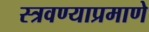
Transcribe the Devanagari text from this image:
स्त्रवण्याप्रमाणे